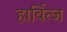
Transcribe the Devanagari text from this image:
हार्वित्ज